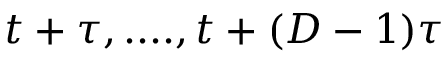
t + \tau , . . . . , t + ( D - 1 ) \tau